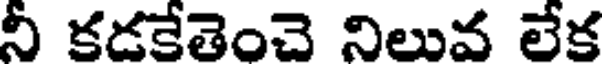
నీ కడకేతెంచె నిలువ లేక